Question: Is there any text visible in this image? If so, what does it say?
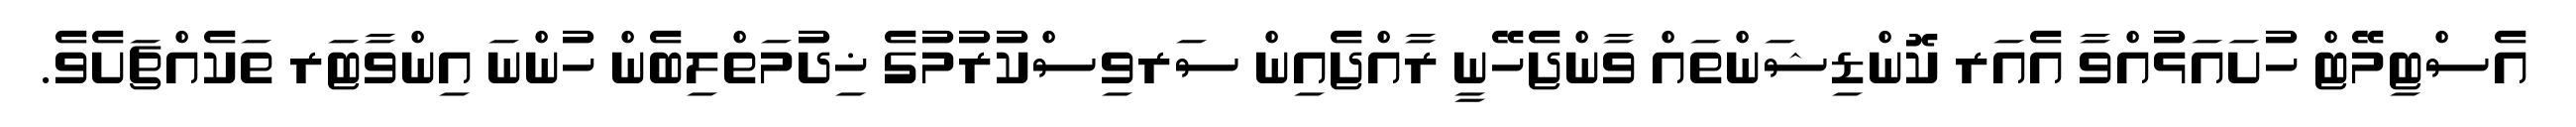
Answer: އެސްޓިމޭޓް ހުށައަޅުއްވާ އެއަރ ކޮންޑިޝަންތައް ވާންޖެހޭނީ ރާއްޖެއިން ސަރވިސްކުރުމުގެ ޚިދުމަތްލިބެން ހުންނަ އިންވާޓަރ ތަކެއްޗަށެވެ.